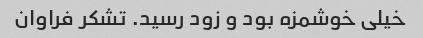
خیلی خوشمزه بود و زود رسید. تشکر فراوان